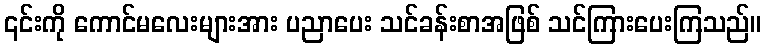
၎င်းကို ကောင်မလေးများအား ပညာပေး သင်ခန်းစာအဖြစ် သင်ကြားပေးကြသည်။